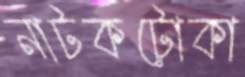
নাটকটোকা